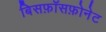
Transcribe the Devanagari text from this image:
बिसफ़ॉसफ़ोनेट